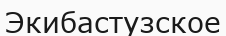
Экибастузское